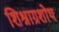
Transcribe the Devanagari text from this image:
शिश्नाग्रशोथ